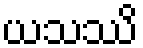
ယသဿိ